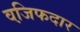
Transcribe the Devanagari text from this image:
वजि़फदार